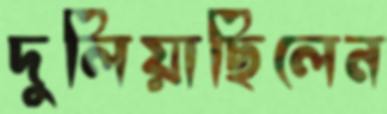
দুলিয়াছিলেন